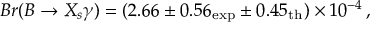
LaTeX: B r ( B \to X _ { s } \gamma ) = ( 2 . 6 6 \pm 0 . 5 6 _ { \mathrm { e x p } } \pm 0 . 4 5 _ { \mathrm { t h } } ) \times 1 0 ^ { - 4 } \, ,